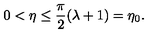
0 < \eta \leq \frac { \pi } { 2 } ( \lambda + 1 ) = \eta _ { 0 } .